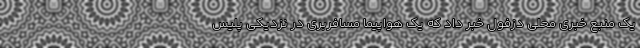
یک منبع خبری محلی دزفول خبر داد که یک هواپیما مسافربری در نزدیکی پلیس